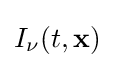
I_{\nu }(t,\mathbf {x} )